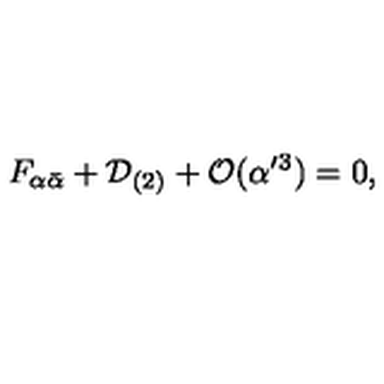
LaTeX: F _ { \alpha \bar { \alpha } } + { \cal D } _ { ( 2 ) } + { \cal O } ( \alpha ^ { \prime } { } ^ { 3 } ) = 0 ,